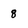
Character: 8